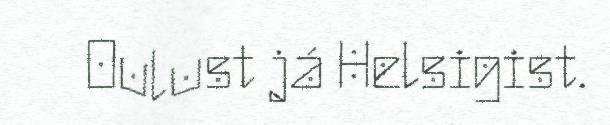
Oulust já Helsigist.